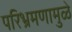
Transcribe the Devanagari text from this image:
परिभ्रमणामुळे